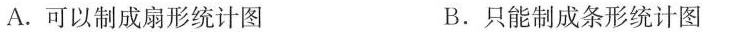
A.可以制成扇形统计图 B.只能制成条形统计图